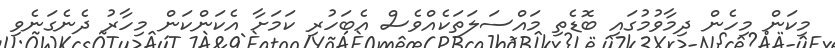
މިކަން މިހެން ދިމާވުމުގައި ބޮޑެތި މައްސަލަތަކެއްވެސް އެބަހުރި ކަމަށާ އެކަންކަން މިހާރު ދެނެގަނެވި